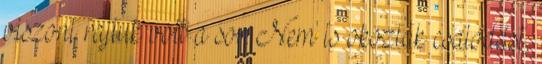
viszont rajtuk volt a sor. Nem is okoztak csalódást,